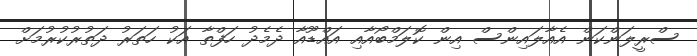
ސްރީލަންކަން އެއާލައިންސް އިން ކޮލަމްބޯއާއި އައްޑޫއާ ދެމެދު ހަފްތާ އަކު ހަތަރު ދަތުރުކުރުމަށް